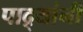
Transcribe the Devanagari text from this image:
पाद्र्यांनी